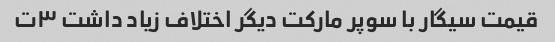
قیمت سیگار با سوپر مارکت دیگر اختلاف زیاد داشت ۳ت